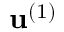
\mathbf { u } ^ { ( 1 ) }